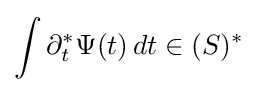
\int \partial _{t}^{\ast }\Psi (t)\,dt\in (S)^{\ast }